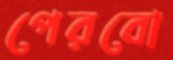
পেরবো